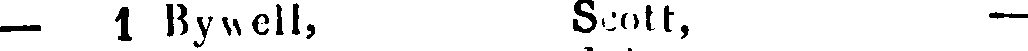
— 1 Bywell, Scott, —